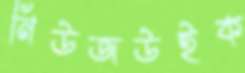
নিউজউইক